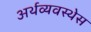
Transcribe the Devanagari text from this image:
अर्थव्यवस्थेस